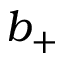
b _ { + }